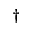
^ { \dag }